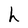
Character: h